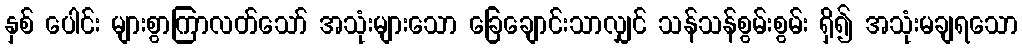
နှစ် ပေါင်း များစွာကြာလတ်သော် အသုံးများသော ခြေချောင်းသာလျှင် သန်သန်စွမ်းစွမ်း ရှိ၍ အသုံးမချရသော